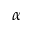
\alpha